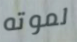
لموته